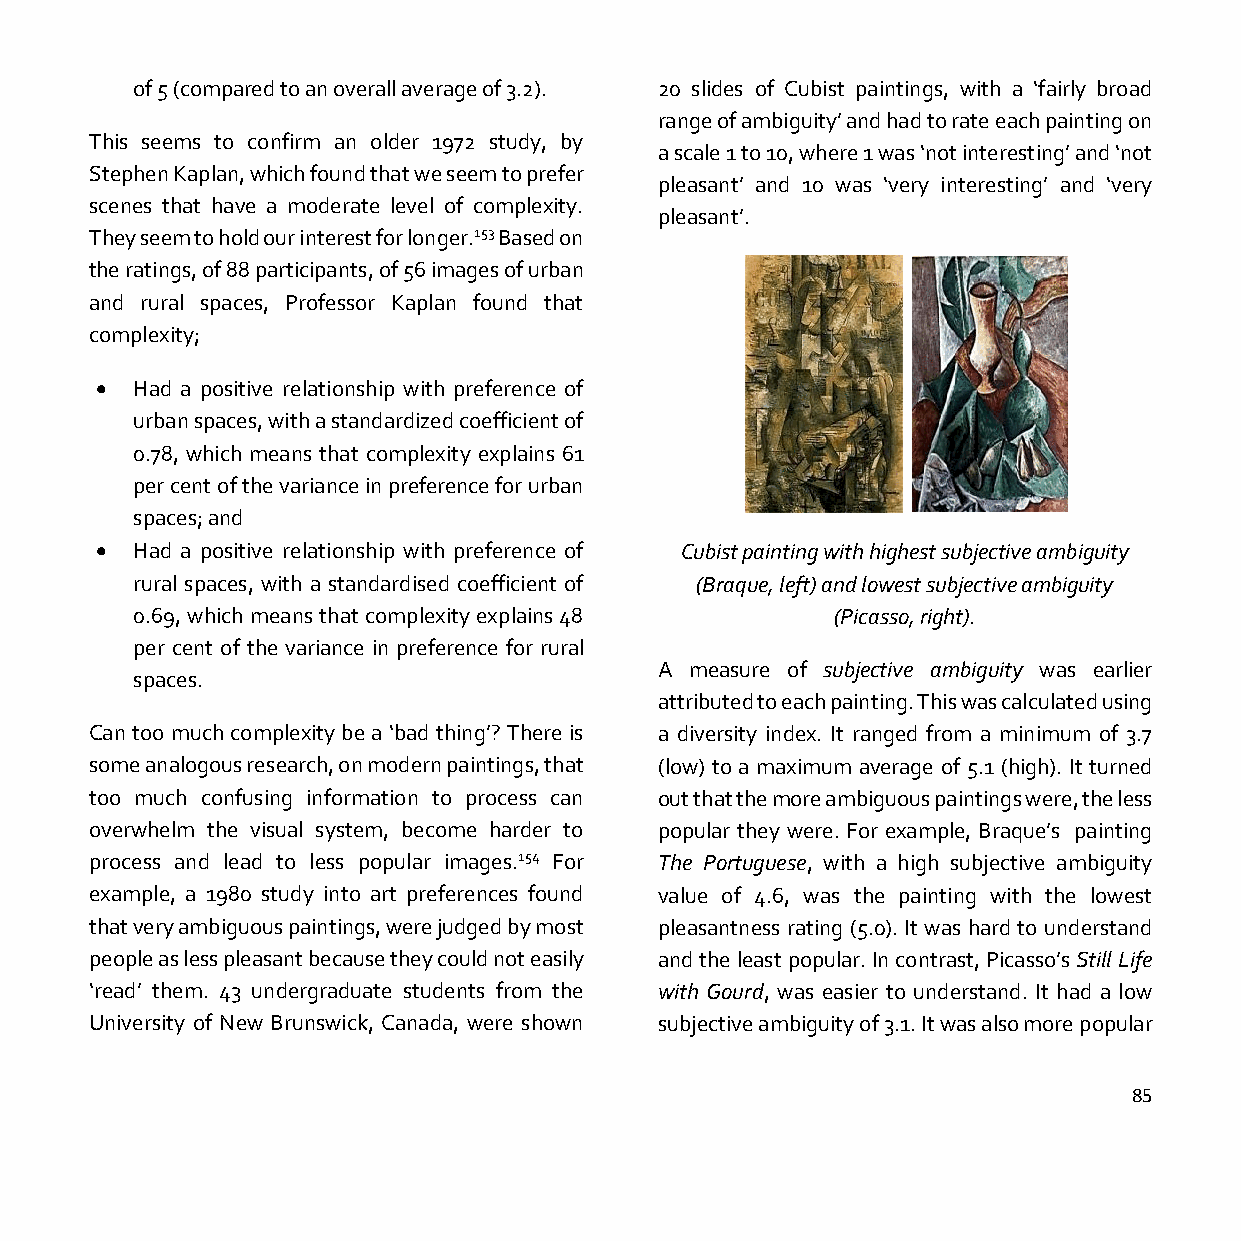
of 5 (compared to an overall average of 3.2). 20 slides of Cubist paintings, with a ‘fairly broad
 range of ambiguity’ and had to rate each painting on
 This seems to confirm an older 1972 study, by
 a scale 1 to 10, where 1 was ‘not interesting’ and ‘not
 Stephen Kaplan, which found that we seem to prefer
 pleasant’ and 10 was ‘very interesting’ and ‘very
 scenes that have a moderate level of complexity.
 pleasant’.
 They seem to hold our interest for longer.153 Based on
 the ratings, of 88 participants, of 56 images of urban
 and rural spaces, Professor Kaplan found that
 complexity;
 •  Had a positive relationship with preference of
 urban spaces, with a standardized coefficient of
 0.78, which means that complexity explains 61
 per cent of the variance in preference for urban
 spaces; and
 •  Had a positive relationship with preference of Cubist painting with highest subjective ambiguity
 rural spaces, with a standardised coefficient of (Braque, left) and lowest subjective ambiguity
 0.69, which means that complexity explains 48 (Picasso, right).
 per cent of the variance in preference for rural
 A measure of subjective ambiguity was earlier
 spaces.
 attributed to each painting. This was calculated using
 Can too much complexity be a ‘bad thing’? There is a diversity index. It ranged from a minimum of 3.7
 some analogous research, on modern paintings, that (low) to a maximum average of 5.1 (high). It turned
 too much confusing information to process can out that the more ambiguous paintings were, the less
 overwhelm the visual system, become harder to popular they were. For example, Braque’s painting
 process and lead to less popular images.154 For The Portuguese, with a high subjective ambiguity
 example, a 1980 study into art preferences found value of 4.6, was the painting with the lowest
 that very ambiguous paintings, were judged by most pleasantness rating (5.0). It was hard to understand
 people as less pleasant because they could not easily and the least popular. In contrast, Picasso’s Still Life
 ‘read’ them. 43 undergraduate students from the with Gourd, was easier to understand. It had a low
 University of New Brunswick, Canada, were shown subjective ambiguity of 3.1. It was also more popular
 85